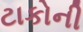
ટાકોની